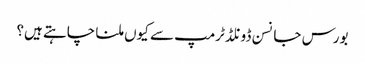
بورس جانسن ڈونلڈ ٹرمپ سے کیوں ملنا چاہتے ہیں؟